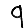
Digit: 9